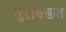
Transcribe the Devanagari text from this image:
सुरक्छित